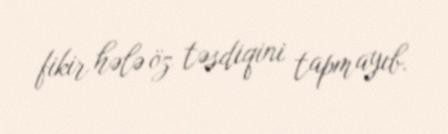
fikir hələ öz təsdiqini tapmayıb.